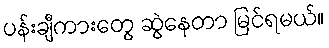
ပန်းချီကားတွေ ဆွဲနေတာ မြင်ရမယ်။